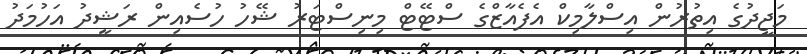
މަޖީދުގެ އިތުރުން އިސްލާމިކް އެފެއާޒްގެ ސްޓޭޓް މިނިސްޓަރު ޝޭހު ހުސެއިން ރަޝީދު އަހުމަދު